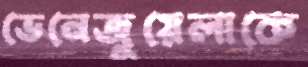
ভেনেজুয়েলাকে